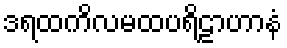
ဒရထကိလမထပရိဠာဟာနံ